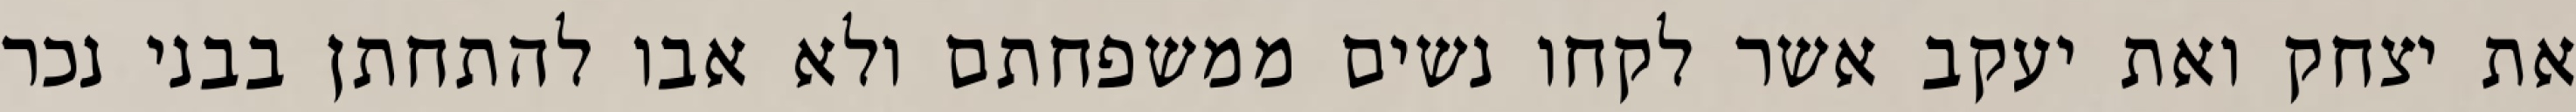
את יצחק ואת יעקב אשר לקחו נשים ממשפחתם ולא אבו להתחתן בבני נכר